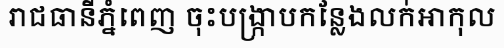
រាជធានីភ្នំពេញ ចុះបង្ក្រាបកន្លែងលក់អាកុល